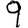
Digit: 9